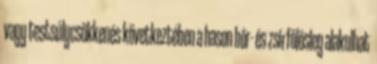
vagy testsúlycsökkenés következtében a hason bőr- és zsírfölösleg alakulhat